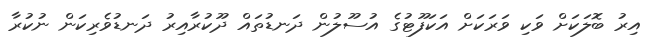
އިރު ބޮލަކަށް ވަކި ވަރަކަށް އަކަފޫޓުގެ އުސޫލުން ދަނޑުތައް ދޫކުރާއިރު ދަނޑުވެރިކަން ނުކުރާ